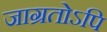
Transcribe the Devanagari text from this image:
जाग्रतोऽपि